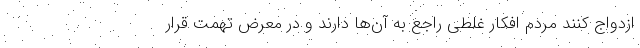
ازدواج کنند مردم افکار غلطی راجع به آن‌ها دارند و در معرض تهمت قرار